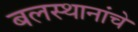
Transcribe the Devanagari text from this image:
बलस्थानांचे